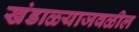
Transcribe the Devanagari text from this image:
खंडाळ्याजवळील